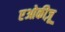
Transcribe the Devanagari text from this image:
एओकीज़ू